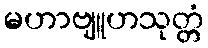
မဟာဗျူဟသုတ္တံ